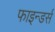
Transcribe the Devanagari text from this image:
फाइन्डर्स